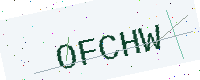
Text: OFCHW